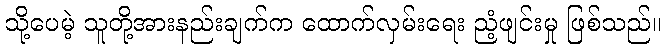
သို့ပေမဲ့ သူတို့အားနည်းချက်က ထောက်လှမ်းရေး ညံ့ဖျင်းမှု ဖြစ်သည်။